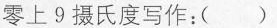
零上9摄氏度写作：( )